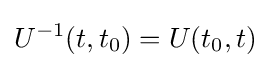
U^{-1}(t,t_{0})=U(t_{0},t)